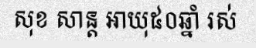
សុខ សាន្ត អាយុ៥០ឆ្នាំ រស់